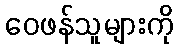
ဝေဖန်သူများကို